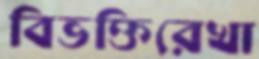
বিভক্তিরেখা